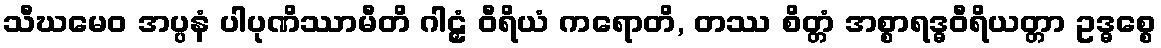
သီဃမေဝ အပ္ပနံ ပါပုဏိဿာမီတိ ဂါဠှံ ဝီရိယံ ကရောတိ, တဿ စိတ္တံ အစ္စာရဒ္ဓဝီရိယတ္တာ ဥဒ္ဓစ္စေ